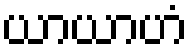
ယာယာဟံ